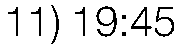
11) 19:45